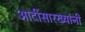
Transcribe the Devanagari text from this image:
आदींसारख्यांनी